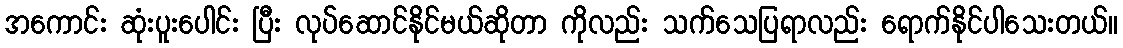
အကောင်း ဆုံးပူးပေါင်း ပြီး လုပ်ဆောင်နိုင်မယ်ဆိုတာ ကိုလည်း သက်သေပြရာလည်း ရောက်နိုင်ပါသေးတယ်။